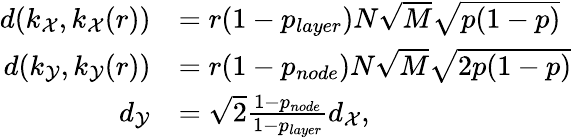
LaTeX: \begin{array}{rl}{d(k_{\mathcal{X}},k_{\mathcal{X}}(r))}&{=r(1-p_{layer})N\sqrt{M}\sqrt{p(1-p)}}\\ {d(k_{\mathcal{Y}},k_{\mathcal{Y}}(r))}&{=r(1-p_{node})N\sqrt{M}\sqrt{2p(1-p)}}\\ {d_{\mathcal{Y}}}&{=\sqrt{2}\frac{1-p_{node}}{1-p_{layer}}d_{\mathcal{X}},}\end{array}